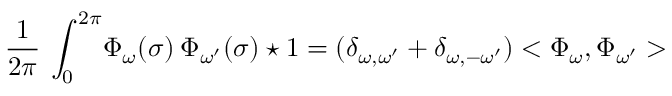
\frac { 1 } { 2 \pi } \: \int _ { 0 } ^ { 2 \pi } \! \Phi _ { \omega } ( \sigma ) \: \Phi _ { \omega ^ { \prime } } ( \sigma ) \star 1 = ( \delta _ { \omega , \omega ^ { \prime } } + \delta _ { \omega , - \omega ^ { \prime } } ) < \Phi _ { \omega } , \Phi _ { \omega ^ { \prime } } >